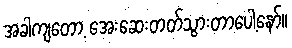
အခါကျတော့ အေးဆေးတတ်သွားတာပေါ့နော်။